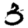
Digit: 3